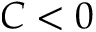
C < 0